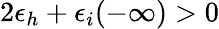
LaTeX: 2\epsilon_{h}+\epsilon_{i}(-\infty)>0